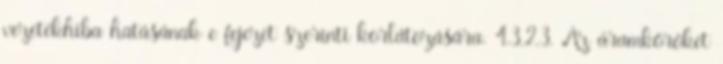
vezetékhiba hatásának e fejezet szerinti korlátozására. 4.3.2.3. Az áramköröket